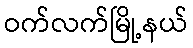
ဝက်လက်မြို့နယ်